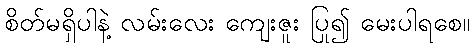
စိတ်မရှိပါနဲ့ လမ်းလေး ကျေးဇူး ပြု၍ မေးပါရစေ။